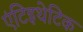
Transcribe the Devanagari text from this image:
एंटिइथेटिक